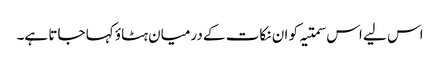
اس لیے اس سمتیہ کو ان نکات کے درمیان ہٹاؤ کہا جاتا ہے۔